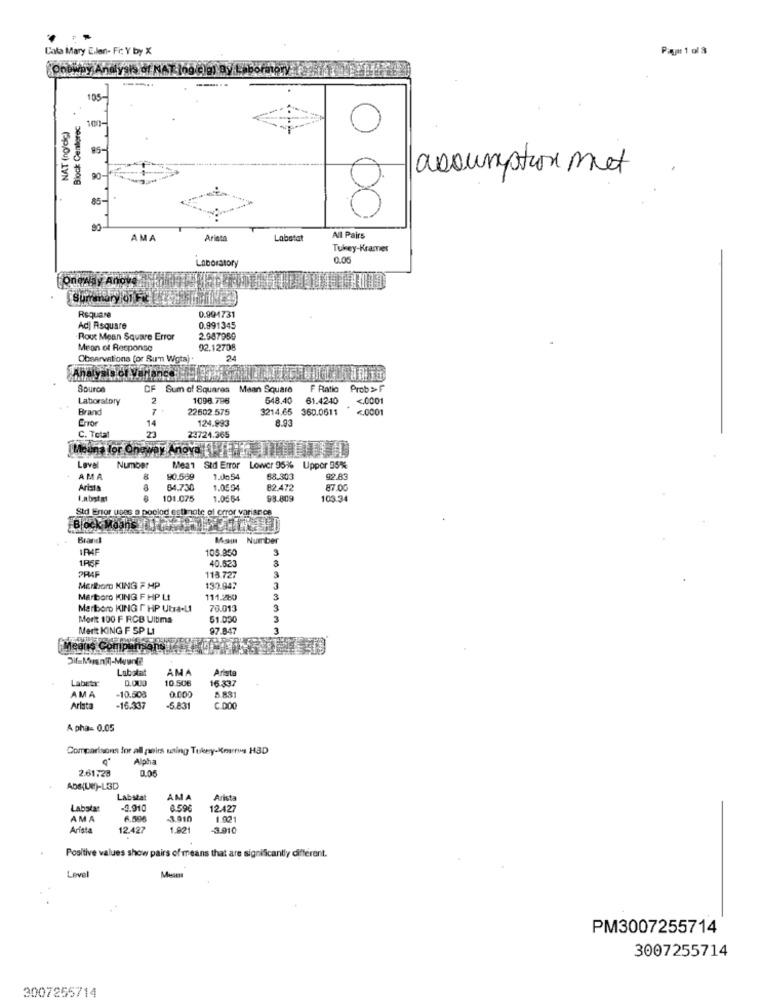
Cata Mary Ellen- Fi: Y by X
Onbwpy Analysis of NAT (ng c)g) By
105-
Block Centerec
NAT (ng/dc)
107
85-
assumption met
AMA
Ariata
Labata
All Pairs
Tukey-Kramer
0.05
Laboratory
oneway Anoy
Summary of
Requare
0.994731
Ad| Rsquare
0.991345
Rout Mean Square Error
2.987959
Mean of Response
92.12708
Observations (or Sun Wgta) .
24
Analysis of Varlance:
Source
CF
Sum of Squares
Mean Square
F Ratio Prob>F
Laboratory
2
1098.796
548.40
61.4240
<. 0001
Brand
22602 575
3214.65
360.0611
<0001
Error
124.893
8.93
14
C. Total
23724.365
Means lor Oneway Anova Pin
Level
Number
Mean Std Error Lower 95% Uppor 35%
AMA
80.589
1.0054
68.303
92.83
Arista
64.730
1.0504
82.472
87.00
I.abstx1
101.075
1.0564
98.809
103.34
Std Error uses a poolod estimate of error variance
Block Mohl
Brand
Msn Number
105.950
1RSF
40.523
PRAF
113.727
Marlboro KING F MP
139.947
Marlboro KING F HP Lt
111.280
3
Marlboro KING [ HP Utra-LI
76.013
3
Mort 100 F RCB Ultima
51.030
Merit KING F SP LI
97.847
Means Company
Labstat
AMA
Arista
Labetr
D.O.00
10.506
16.337
AMA
-10.508
0.000
5.83
Arista
-16.337
-5.83
C.000
A phas 0.05
Comparisons for all peits using Tubey-Korns HBD
Alpha
2.61728
0.05
Abs(UM)-L3D
Labstat
AMA
Arista
Labstar
-0.910
0.59€
12427
AMA
6.506
-3.910
1.021
Arista
12.427
1.92
3.910
ositive values show pairs of means that are significantly different.
Positive va
Level
PM3007255714
3007255714
3007255714